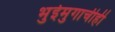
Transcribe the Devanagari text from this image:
भुईमुगाचीही